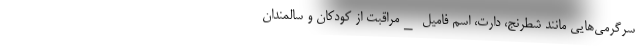
سرگرمی‌هایی مانند شطرنج، دارت، اسم فامیل _مراقبت از کودکان و سالمندان